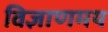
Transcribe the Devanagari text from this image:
विज्ञाणमय